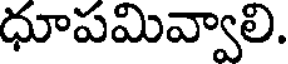
ధూపమివ్వాలి.